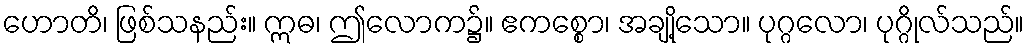
ဟောတိ၊ ဖြစ်သနည်း။ ဣဓ၊ ဤလောက၌။ ဧကစ္စော၊ အချို့သော။ ပုဂ္ဂလော၊ ပုဂ္ဂိုလ်သည်။